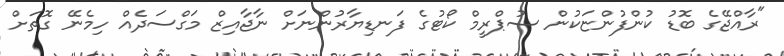
"ރާއްޖޭގެ ބޮޑު ކުންފުންޏަކުން ސުޕްރީމް ކޯޓުގެ ފަނޑިޔާރުންނަށް ނާޖާއިޒް މަގްސަދެއް ހިމެނޭ ގޮތަށް